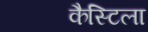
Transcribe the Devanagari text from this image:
कैस्टिला